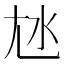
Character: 㝽